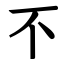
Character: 不